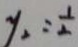
y _ { 2 } = \frac { 1 } { 2 }